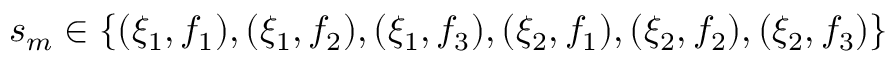
s _ { m } \in \{ ( \xi _ { 1 } , f _ { 1 } ) , ( \xi _ { 1 } , f _ { 2 } ) , ( \xi _ { 1 } , f _ { 3 } ) , ( \xi _ { 2 } , f _ { 1 } ) , ( \xi _ { 2 } , f _ { 2 } ) , ( \xi _ { 2 } , f _ { 3 } ) \}